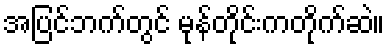
အပြင်ဘက်တွင် မုန်တိုင်းကတိုက်ဆဲ။